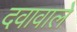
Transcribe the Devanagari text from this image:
दवावाले